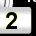
Digit: 2